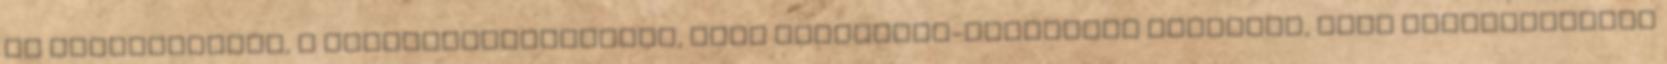
az ismerősöknek, a képviselőtársaknak, régi képviselő-testületi tagoknak, akik megtisztelték